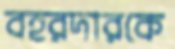
বহরদারকে